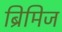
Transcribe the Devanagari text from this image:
ब्रिमिज